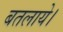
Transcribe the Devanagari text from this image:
बतलाये।